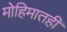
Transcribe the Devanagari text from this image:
मोहिमातही